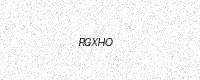
Text: RGXHO